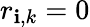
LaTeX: r_{\mathbf{i},k}=0